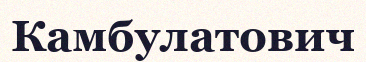
Камбулатович